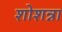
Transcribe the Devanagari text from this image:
शोशन्ना